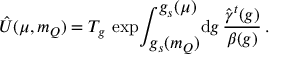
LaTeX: \hat { U } ( \mu , m _ { Q } ) = T _ { g } \, \exp \! \int _ { \displaystyle g _ { s } ( m _ { Q } ) } ^ { \displaystyle g _ { s } ( \mu ) } \! \mathrm { d } g \, { \frac { \hat { \gamma } ^ { t } ( g ) } { \beta ( g ) } } \, .